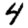
Digit: 4